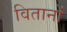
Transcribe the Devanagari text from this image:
वितानों